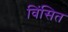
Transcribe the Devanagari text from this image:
विंसित